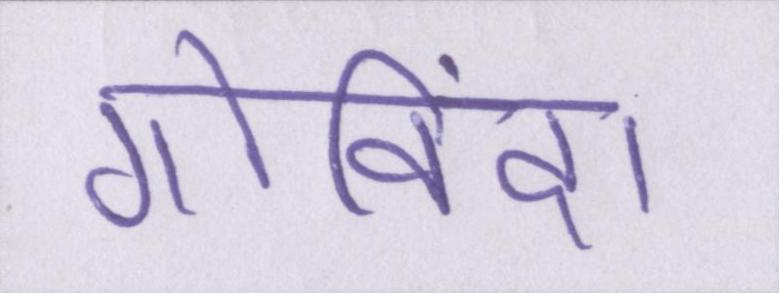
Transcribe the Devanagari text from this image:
गोविंदा